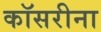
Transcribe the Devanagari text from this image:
कॉसरीना